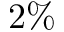
2 \%